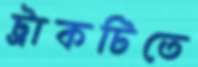
ট্রাকটিতে